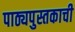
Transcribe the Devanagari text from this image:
पाठ्यपुस्तकाची